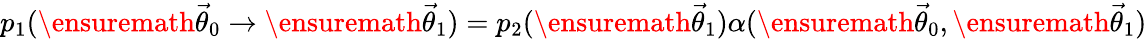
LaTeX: p_{1}(\ensuremath{\vec{\theta}}_{0}\rightarrow\ensuremath{\vec{\theta}}_{1})=p_{2}(\ensuremath{\vec{\theta}}_{1})\alpha(\ensuremath{\vec{\theta}}_{0},\ensuremath{\vec{\theta}}_{1})